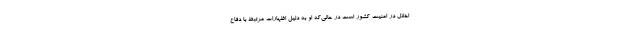
اخلال در امنیت کشور است در حالی‌که او به دلیل اظهارات مرتبط با دفاع